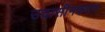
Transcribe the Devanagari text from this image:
उदासीनकरण